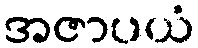
အဇာပယံ